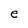
Character: e